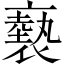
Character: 褻